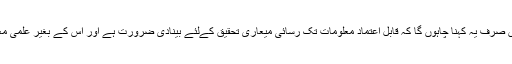
اپنی بحث سمیٹتے ہوئے میں صرف یہ کہنا چاہوں گا کہ قابل اعتماد معلومات تک رسائی میعاری تحقیق کےلئے بینادی ضرورت ہے اور اس کے بغیر علمی معاشرے کا احیاء ممکن نہیں۔